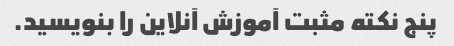
پنج نکته مثبت آموزش آنلاین را بنویسید.